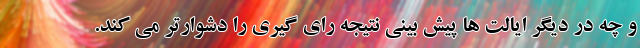
و چه در دیگر ایالت ها پیش بینی نتیجه رای گیری را دشوارتر می کند.